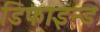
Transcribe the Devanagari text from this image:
डिफाइन्ड